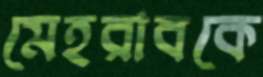
মেহরাবকে